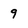
Character: 9